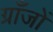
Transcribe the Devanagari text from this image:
ग्राँजों